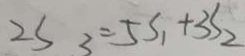
2 S _ { 3 } = 5 S _ { 1 } + 3 S _ { 2 }